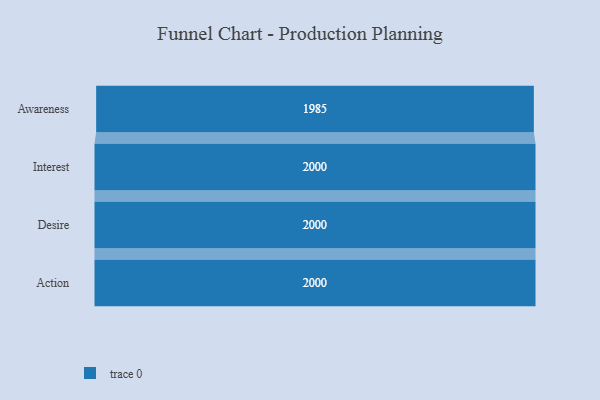
{"axis": {"x": "Stage", "y": "Value"}, "legend": [""], "data": [{"x": "Awareness", "y": 1985.0, "type": ""}, {"x": "Interest", "y": 2000, "type": ""}, {"x": "Desire", "y": 2000, "type": ""}, {"x": "Action", "y": 2000, "type": ""}]}